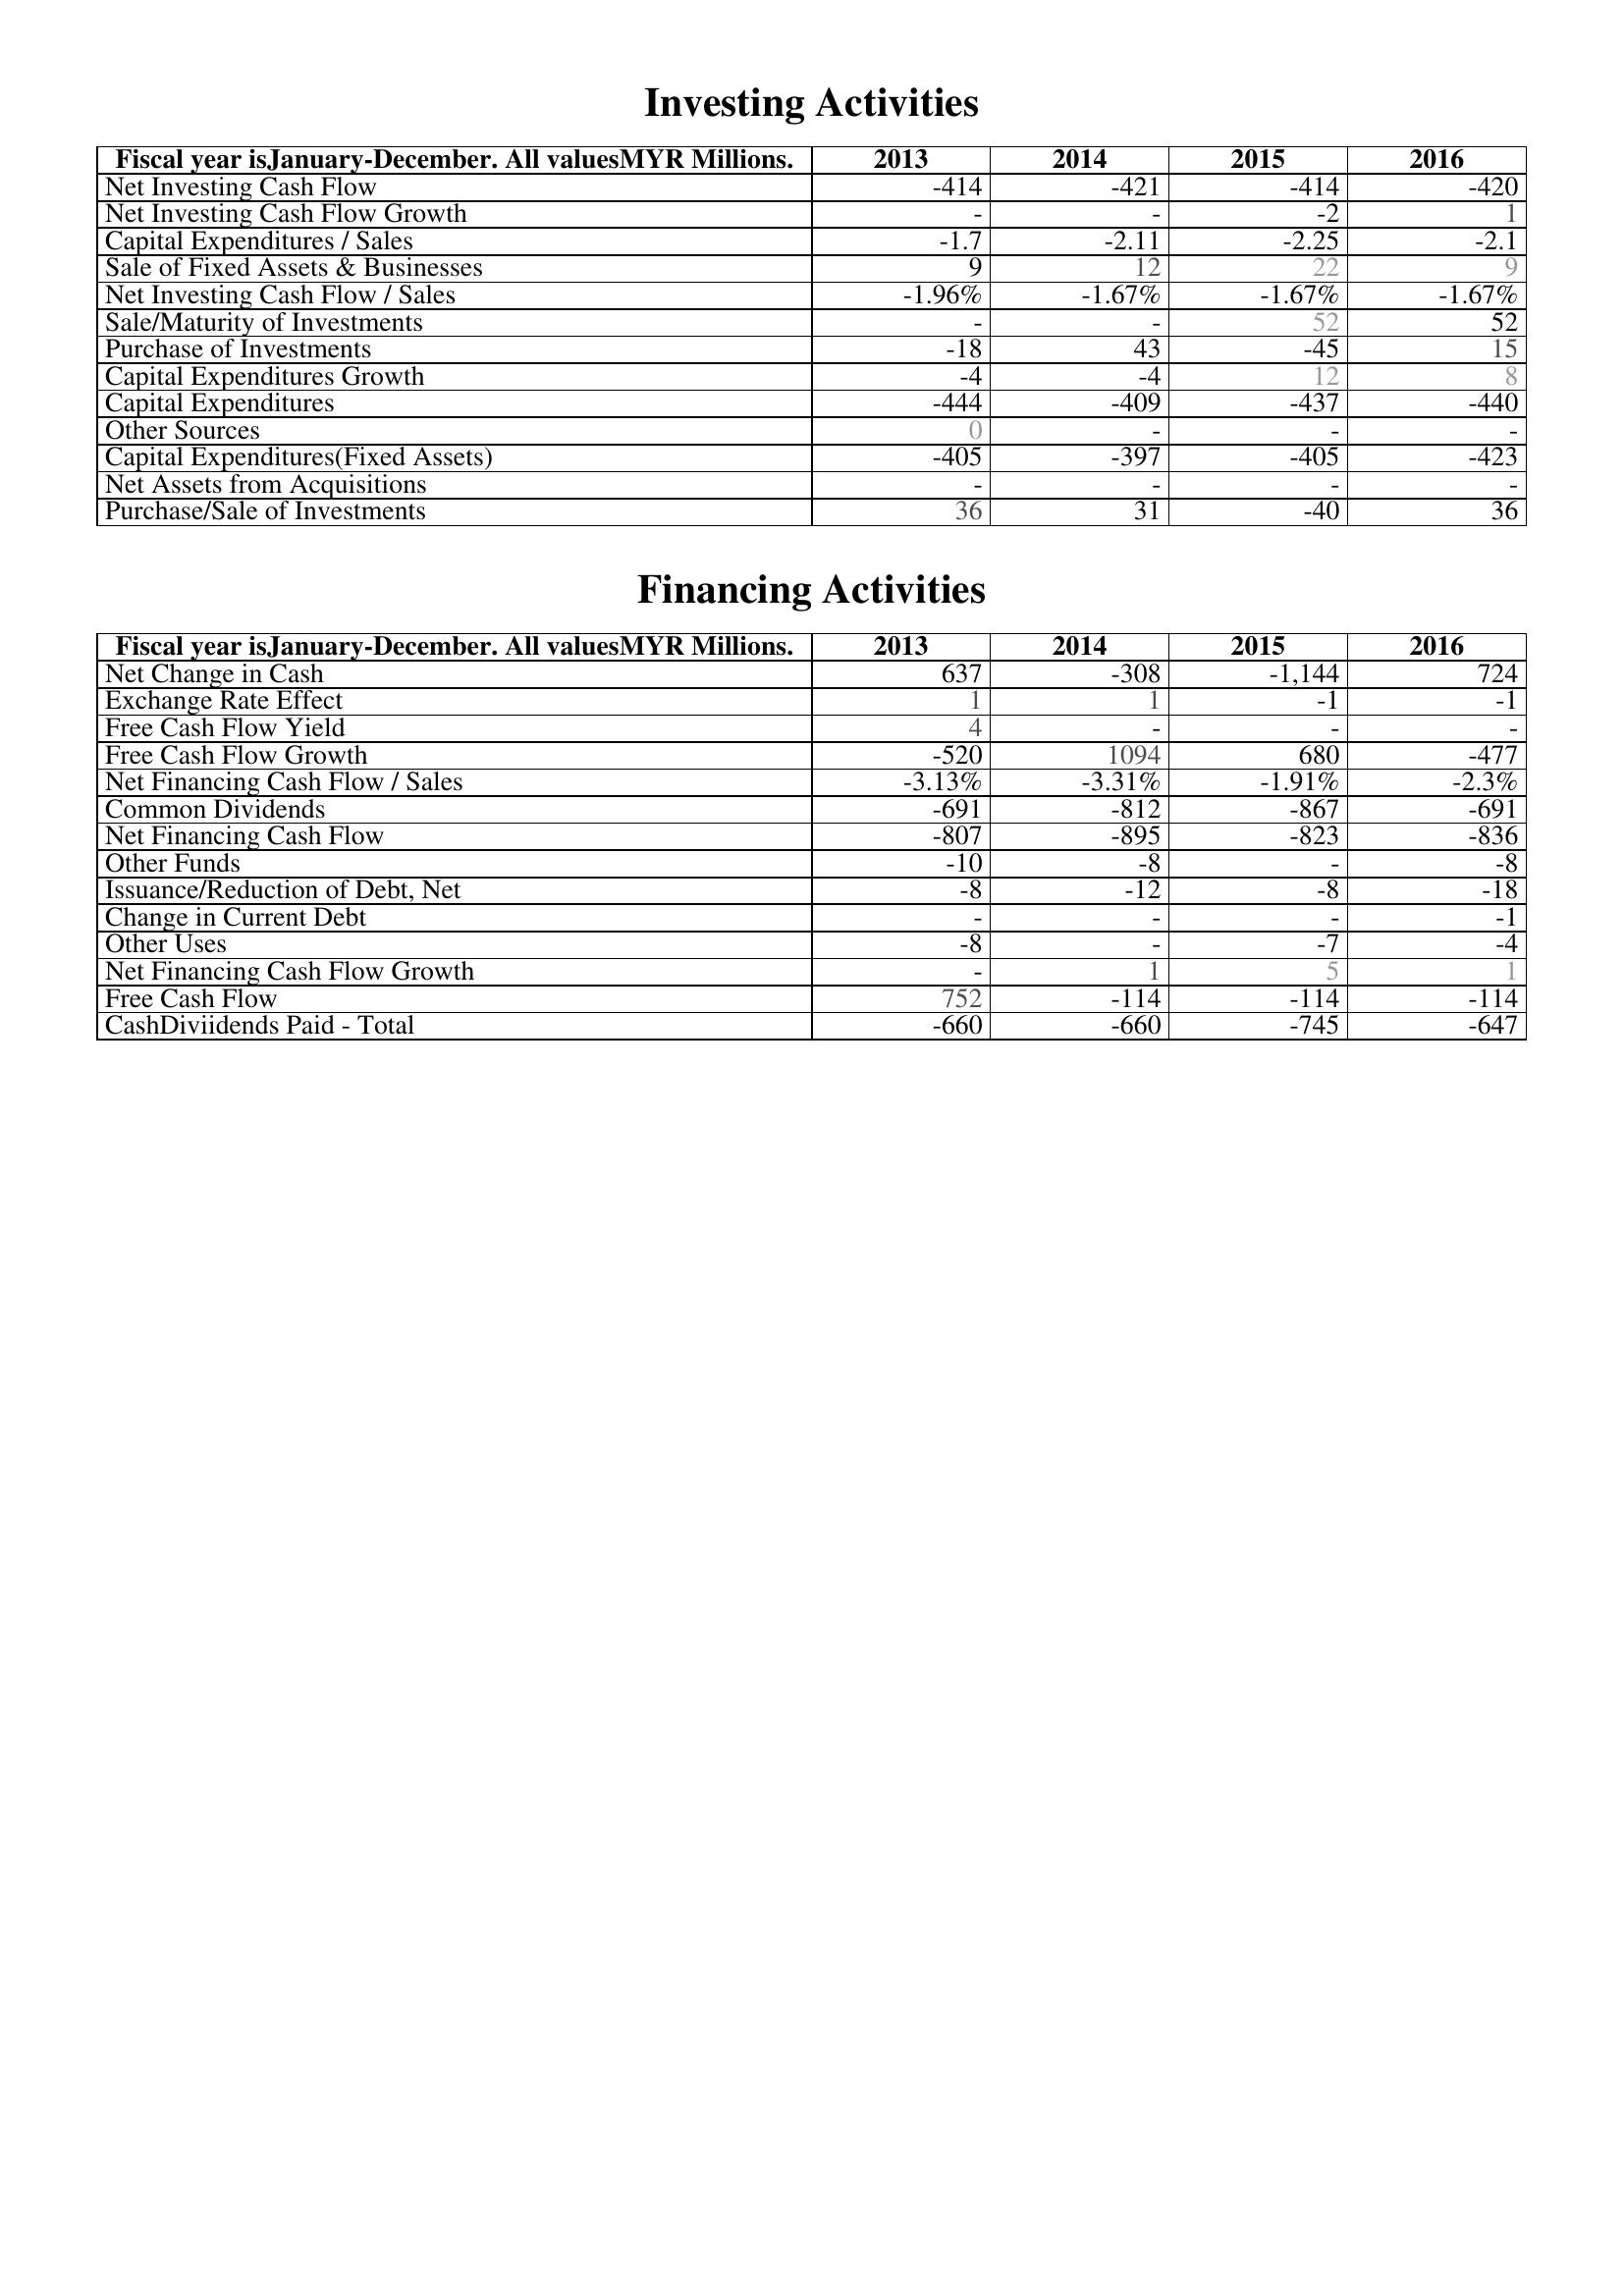
2013: Investing Activities: Net Investing Cash Flow: -414
Net Investing Cash Flow Growth: -
Capital Expenditures / Sales: -1.7
Sale of Fixed Assets & Businesses: 9
Net Investing Cash Flow / Sales: -1.96%
Sale/Maturity of Investments: -
Purchase of Investments: -18
Capital Expenditures Growth: -4
Capital Expenditures: -444
Other Sources: 0
Capital Expenditures(Fixed Assets): -405
Net Assets from Acquisitions: -
Purchase/Sale of Investments: 36
Financing Activities: Net Change in Cash: 637
Exchange Rate Effect: 1
Free Cash Flow Yield: 4
Free Cash Flow Growth: -520
Net Financing Cash Flow / Sales: -3.13%
Common Dividends: -691
Net Financing Cash Flow: -807
Other Funds: -10
Issuance/Reduction of Debt, Net: -8
Change in Current Debt: -
Other Uses: -8
Net Financing Cash Flow Growth: -
Free Cash Flow: 752
CashDiviidends Paid - Total: -660
2014: Investing Activities: Net Investing Cash Flow: -421
Net Investing Cash Flow Growth: -
Capital Expenditures / Sales: -2.11
Sale of Fixed Assets & Businesses: 12
Net Investing Cash Flow / Sales: -1.67%
Sale/Maturity of Investments: -
Purchase of Investments: 43
Capital Expenditures Growth: -4
Capital Expenditures: -409
Other Sources: -
Capital Expenditures(Fixed Assets): -397
Net Assets from Acquisitions: -
Purchase/Sale of Investments: 31
Financing Activities: Net Change in Cash: -308
Exchange Rate Effect: 1
Free Cash Flow Yield: -
Free Cash Flow Growth: 1094
Net Financing Cash Flow / Sales: -3.31%
Common Dividends: -812
Net Financing Cash Flow: -895
Other Funds: -8
Issuance/Reduction of Debt, Net: -12
Change in Current Debt: -
Other Uses: -
Net Financing Cash Flow Growth: 1
Free Cash Flow: -114
CashDiviidends Paid - Total: -660
2015: Investing Activities: Net Investing Cash Flow: -414
Net Investing Cash Flow Growth: -2
Capital Expenditures / Sales: -2.25
Sale of Fixed Assets & Businesses: 22
Net Investing Cash Flow / Sales: -1.67%
Sale/Maturity of Investments: 52
Purchase of Investments: -45
Capital Expenditures Growth: 12
Capital Expenditures: -437
Other Sources: -
Capital Expenditures(Fixed Assets): -405
Net Assets from Acquisitions: -
Purchase/Sale of Investments: -40
Financing Activities: Net Change in Cash: -1,144
Exchange Rate Effect: -1
Free Cash Flow Yield: -
Free Cash Flow Growth: 680
Net Financing Cash Flow / Sales: -1.91%
Common Dividends: -867
Net Financing Cash Flow: -823
Other Funds: -
Issuance/Reduction of Debt, Net: -8
Change in Current Debt: -
Other Uses: -7
Net Financing Cash Flow Growth: 5
Free Cash Flow: -114
CashDiviidends Paid - Total: -745
2016: Investing Activities: Net Investing Cash Flow: -420
Net Investing Cash Flow Growth: 1
Capital Expenditures / Sales: -2.1
Sale of Fixed Assets & Businesses: 9
Net Investing Cash Flow / Sales: -1.67%
Sale/Maturity of Investments: 52
Purchase of Investments: 15
Capital Expenditures Growth: 8
Capital Expenditures: -440
Other Sources: -
Capital Expenditures(Fixed Assets): -423
Net Assets from Acquisitions: -
Purchase/Sale of Investments: 36
Financing Activities: Net Change in Cash: 724
Exchange Rate Effect: -1
Free Cash Flow Yield: -
Free Cash Flow Growth: -477
Net Financing Cash Flow / Sales: -2.3%
Common Dividends: -691
Net Financing Cash Flow: -836
Other Funds: -8
Issuance/Reduction of Debt, Net: -18
Change in Current Debt: -1
Other Uses: -4
Net Financing Cash Flow Growth: 1
Free Cash Flow: -114
CashDiviidends Paid - Total: -647